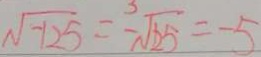
\sqrt { - 1 2 5 } = - \sqrt [ 3 ] { 1 2 5 } = - 5